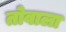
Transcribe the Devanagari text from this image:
तोवाला